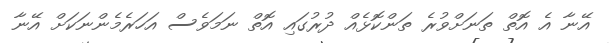
އޭނާ އެ އޮތް ތަނަށްވުރެ ތަންކޮޅެއް ދުރުގައި އޮތް ނަމަވެސް އަހަރެމެންނަކަށް އޭނާ